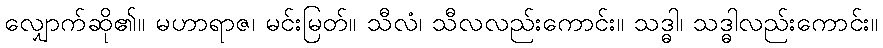
လျှောက်ဆို၏။ မဟာရာဇ၊ မင်းမြတ်။ သီလံ၊ သီလလည်းကောင်း။ သဒ္ဓါ၊ သဒ္ဓါလည်းကောင်း။